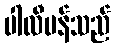
ပါလီမန်သည်